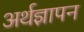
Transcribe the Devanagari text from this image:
अर्थज्ञापन